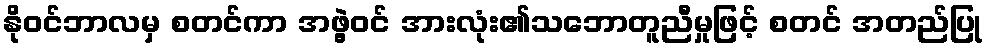
နိုဝင်ဘာလမှ စတင်ကာ အဖွဲ့ဝင် အားလုံး၏သဘောတူညီမှုဖြင့် စတင် အတည်ပြု